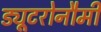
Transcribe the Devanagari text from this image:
ड्यूटरोनौमी